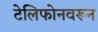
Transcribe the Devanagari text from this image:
टेलिफोनवरून